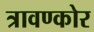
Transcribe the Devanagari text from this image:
त्रावण्कोर